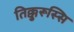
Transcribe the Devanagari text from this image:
तिक्कुरूस्सि